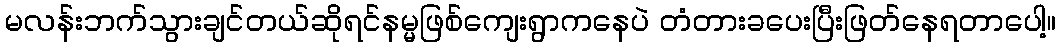
မလန်းဘက်သွားချင်တယ်ဆိုရင်နမ္မဖြစ်ကျေးရွာကနေပဲ တံတားခပေးပြီးဖြတ်နေရတာပေါ့။